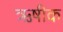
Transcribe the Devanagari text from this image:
ऋषीक